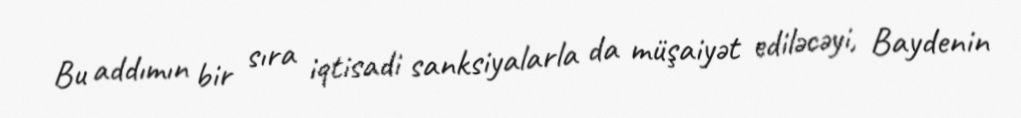
Bu addımın bir sıra iqtisadi sanksiyalarla da müşaiyət ediləcəyi, Baydenin